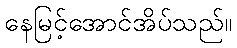
နေမြင့်အောင်အိပ်သည်။